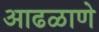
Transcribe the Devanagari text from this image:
आढळाणे